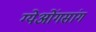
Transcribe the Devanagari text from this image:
ग्येओंगसांग